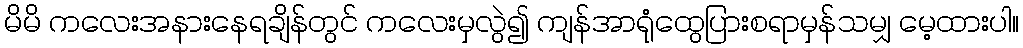
မိမိ ကလေးအနားနေရချိန်တွင် ကလေးမှလွဲ၍ ကျန်အာရုံထွေပြားစရာမှန်သမျှ မေ့ထားပါ။